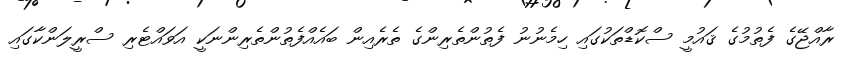
ރާއްޖޭގެ ފެތުމުގެ ޤައުމީ ސްކޮޑްތަކުގައި ހިމެނުނު ފެތުންތެރިންގެ ތެރެއިން ބައެއްފެތުންތެރިންނަކީ އަވައްޓެރި ސްރީލަންކާގައި